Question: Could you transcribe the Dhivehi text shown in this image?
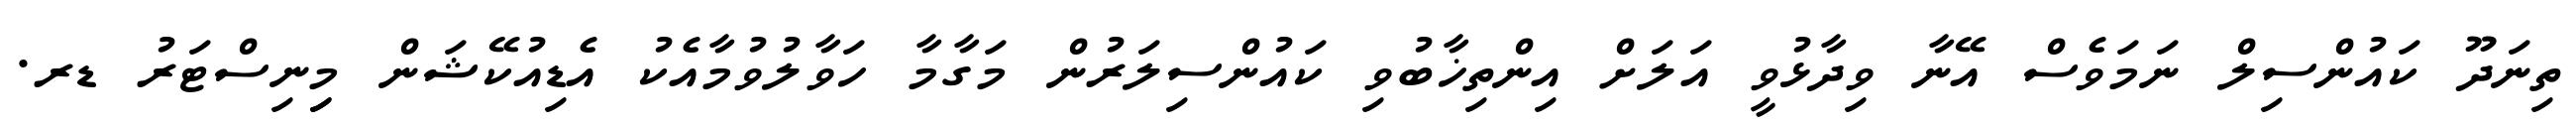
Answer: ތިނަދޫ ކައުންސިލް ނަމަވެސް އޭނާ ވިދާޅުވީ އަލަށް އިންތިޚާބުވި ކައުންސިލަރުން މަގާމާ ހަވާލުވުމާއެކު އެޑިއުކޭޝަން މިިނިސްޓަރު ޑރ.